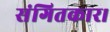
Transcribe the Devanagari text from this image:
संगितकार।